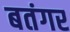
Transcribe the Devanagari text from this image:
बतंगर